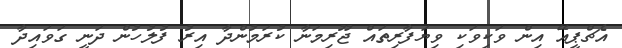
އެޗްޕީއޭ އިން ވަކިވަކި ވިޔަފާރިތައް ޖޫރިމަނާ ކުރަމުންދާ އިރު ފުލުހުން ދަނީ ގަވައިދާ